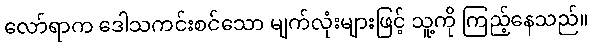
လော်ရာက ဒေါသကင်းစင်သော မျက်လုံးများဖြင့် သူ့ကို ကြည့်နေသည်။